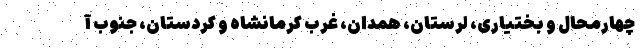
چهارمحال و بختیاری، لرستان، همدان، غرب کرمانشاه و کردستان، جنوب آ